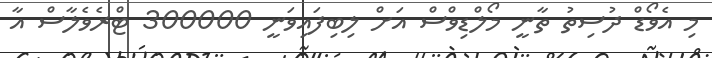
މި އެވޯޑް ދުސިތު ތާނީ މޯލްޑިވްސް އަށް ލިބިފައިވަނީ 300000 ޓްރެވެލާސް އާ